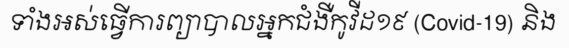
ទាំងអស់ធ្វើការព្យាបាលអ្នកជំងឺកូវីដ១៩ (Covid-19) និង